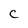
Character: C